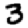
Digit: 3